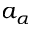
a _ { \alpha }